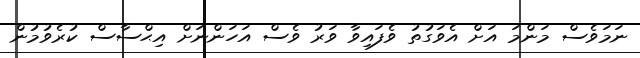
ނަމަވެސް މަންމަ އަށް އެވަގުތު ވެފައިވާ ވަރު ވެސް އަހަންނަށް އިޙްސާސް ކުރެވުމުން